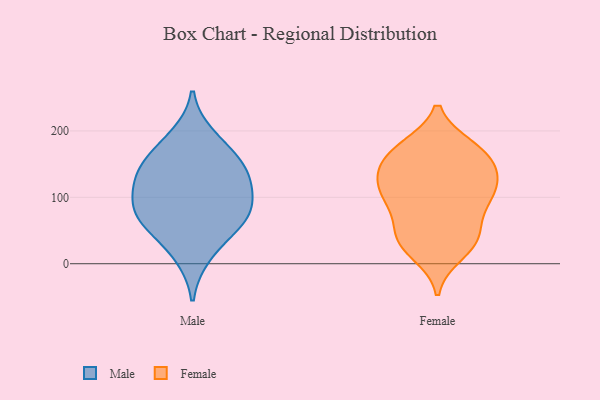
{"axis": {"x": "Conversion Rate (%)", "y": "Value"}, "legend": ["Female", "Male"], "data": [{"x": "", "y": 74, "type": "Male"}, {"x": "", "y": 151, "type": "Male"}, {"x": "", "y": 121, "type": "Male"}, {"x": "", "y": 192, "type": "Male"}, {"x": "", "y": 53, "type": "Male"}, {"x": "", "y": 166, "type": "Male"}, {"x": "", "y": 88, "type": "Male"}, {"x": "", "y": 12, "type": "Male"}, {"x": "", "y": 86, "type": "Male"}, {"x": "", "y": 137, "type": "Male"}, {"x": "", "y": 124, "type": "Male"}, {"x": "", "y": 61, "type": "Male"}, {"x": "", "y": 108, "type": "Female"}, {"x": "", "y": 173, "type": "Female"}, {"x": "", "y": 171, "type": "Female"}, {"x": "", "y": 105, "type": "Female"}, {"x": "", "y": 176, "type": "Female"}, {"x": "", "y": 116, "type": "Female"}, {"x": "", "y": 30, "type": "Female"}, {"x": "", "y": 93, "type": "Female"}, {"x": "", "y": 55, "type": "Female"}, {"x": "", "y": 144, "type": "Female"}, {"x": "", "y": 43, "type": "Female"}, {"x": "", "y": 137, "type": "Female"}, {"x": "", "y": 103, "type": "Female"}, {"x": "", "y": 145, "type": "Female"}, {"x": "", "y": 88, "type": "Female"}, {"x": "", "y": 43, "type": "Female"}, {"x": "", "y": 138, "type": "Female"}, {"x": "", "y": 28, "type": "Female"}, {"x": "", "y": 172, "type": "Female"}, {"x": "", "y": 15, "type": "Female"}]}